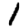
Digit: 1